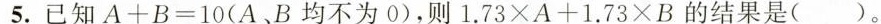
5.已知$$A + B = 1 0$$( A 、B 均 不 为 0 )，则$$1 . 7 3 \times A + 1 . 7 3 \times B$$的结果是( )。